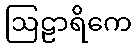
ဩဠာရိကေ